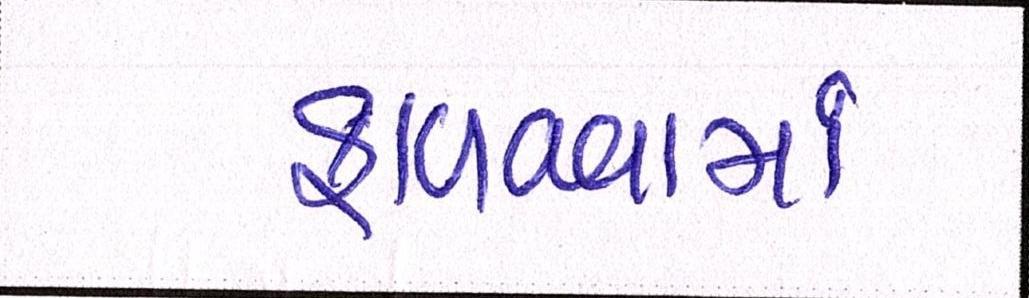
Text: ફાળવવામાં